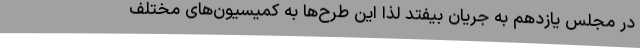
در مجلس یازدهم به جریان بیفتد لذا این طرح‌ها به کمیسیون‌های مختلف